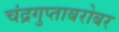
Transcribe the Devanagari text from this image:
चंद्रगुप्ताबरोबर